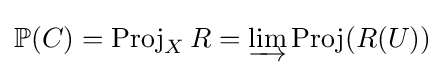
\mathbb {P} (C)=\operatorname {Proj} _{X}R=\varinjlim \operatorname {Proj} (R(U))